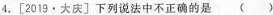
4.[2019·大庆]下列说法中不正确的是()